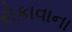
રોકાવાના